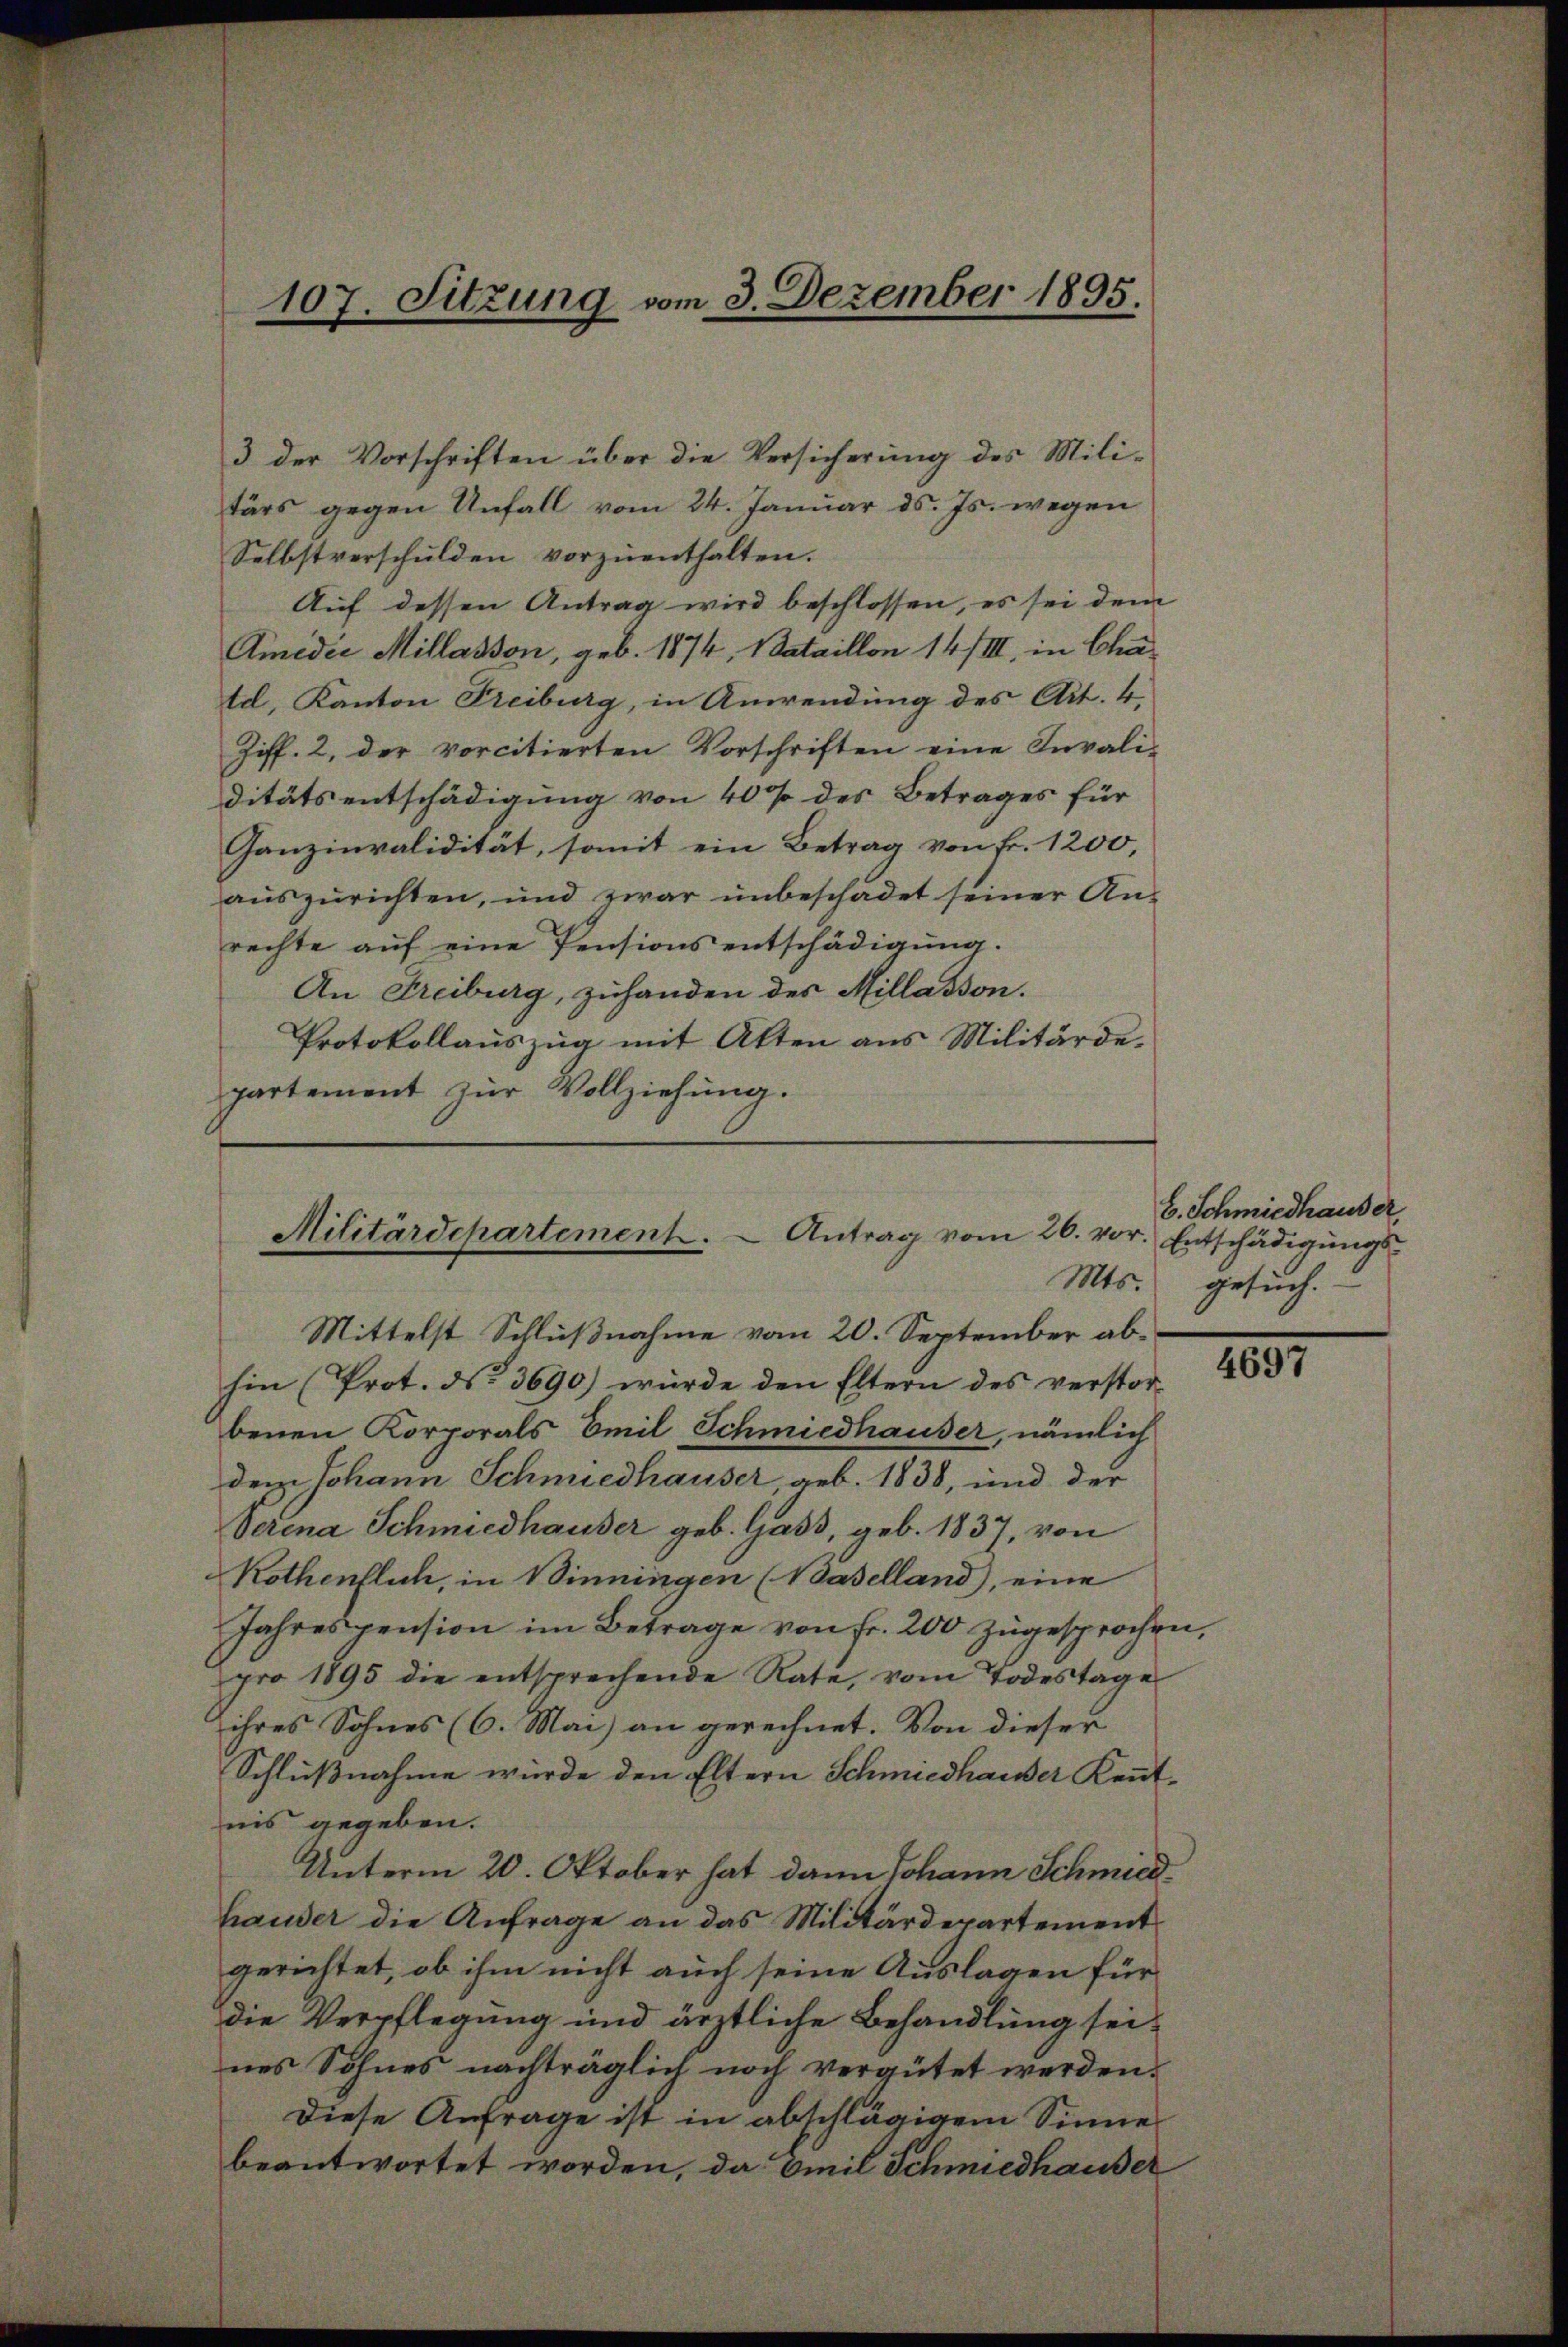
3 der Vorschriften über die Versicherung des Mili-
tärs gegen Unfall vom 24. Januar d. Js. wegen
Selbstverschulden vorzuenthalten.
Auf dessen Antrag wird beschlossen, es sei dem
Ameder Millasson, geb. 1874, Bataillon 14/III, in Chatdl, Kanton Freiburg, in Anwendung des Art. 4.
Ziff. 2, der vorcitierten Vorschriften eine Invali-
ditäts entschädigung von 40% des Betrages für
Ganzinvalidität, somit ein Betrag von Fr. 1200,
auszurichten, und zwar unbeschadet seiner An-
rechte aŭf eine Pensions entschädigŭng.
An Freiburg, zuhanden des Millasson.
Protokollauszug mit Akten aus Militärdepartement zur Vollziehung.

107. Sitzung vom 3. Dezember 1895.

Militärdepartement. - Antrag vom 26. vo

Mittelst Schlußnahme vom 20. September abhin (Prot. No. 3690) wurde den Eltern des verstorbenen Korporals Emil Schmiedhauser, nämlich
dem Johann Schmiedhauser, geb. 1838, und der
Verena Schmiedhauser geb. Gass, geb. 1837, von
Kothentlich, in Winningen (Baselland), eine
Jahrespension im Betrage von fr. 200 zugesprochen,
pro 1895 die entsprechende Rate, vom Todestage
ihres Sohnes (6. Mai) an gerechnet. Von dieser
Schlußnahme wurde den Eltern Schmiedhauser Kennt-
nis gegeben.
Unterm 20. Oktober hat dann Johann Schmiedhauder die Anfrage an das Militärdepartement
gerichtet, ob ihm nicht auch seine Auslagen für
die Verpflegung und ärztliche Behandlung seines Sohnes nachträglich noch vergütet werden.
Diese Anfrage ist in abschlägigem Sinne
beantwortet worden, da Emil Schmiedhauser

E. Schmiedhauser,
v. Entschädigungs-
Mts. gesuch.

4697